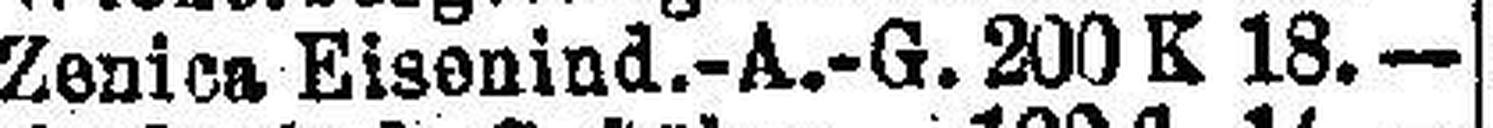
Zenica Eisenind.-A.-G. 200 K 18.—